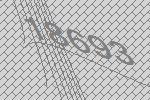
18693